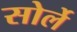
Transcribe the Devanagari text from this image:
सोर्ले